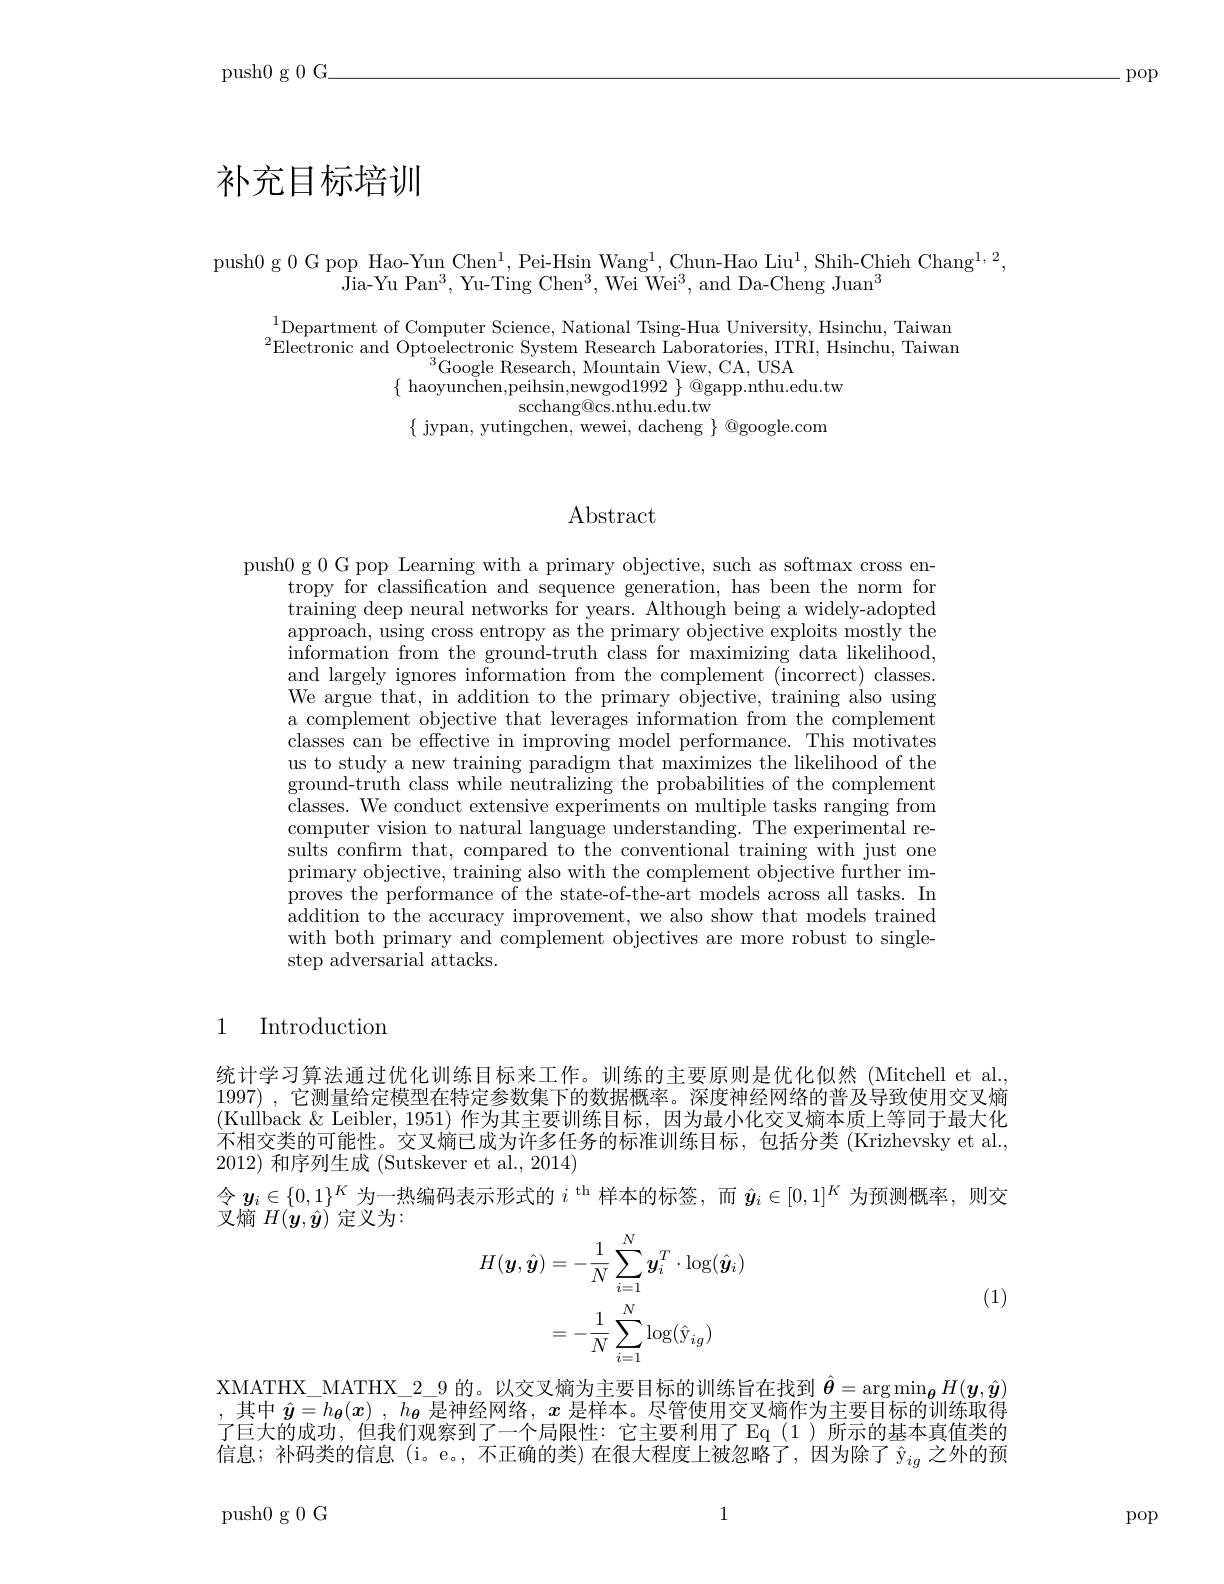
push0 g 0 G\_

pop

# 补充目标培训

push0 g 0 G pop Hao-Yun Chen^{1}, Pei-Hsin Wang^{1}, Chun-Hao Liu^{1}, Shih-Chieh Chang^{1,2},
${\mathrm{\hat{J}ia-Yu~Pan^{3},~Yu-Ting~Chen^{3},~Wei~Wei^{3},~and~Da-Cheng~Juan^{3}}}$

$^{1}$Department of Computer Science, National Tsing-Hua University, Hsinchu, Taiwan$^{1}$Department of Computer Science, National Tsing-Hua University, Hsinchu, Taiwan $^{2}$Electronic and Optoelectronic System Research Laboratories, ITRI, Hsinchu, Taiwan
$^{3}$Google Research, Mountain View, CA, USA
$\{\begin{array}{c}\text{haoyunchen,peihsin,newgod1992}\end{array}\}\begin{array}{c}\text{@gapp.nthu.edu.tw}\\\end{array}$
scchang@cs.nthu.edu.tw
$\{$ jypan, yutingchen, wewei, dacheng $\}$ @google.com

# Abstract

push0 g 0 G pop Learning with a primary objective, such as softmax cross en-
tropy for classification and sequence generation, has been the norm for training deep neural networks for years. Although being a widely-adopted approach, using cross entropy as the primary objective exploits mostly the information from the ground-truth class for maximizing data likelihood, and largely ignores information from the complement (incorrect) classes. We argue that, in addition to the primary objective, training also using a complement objective that leverages information from the complement classes can be effective in improving model performance. This motivates us to study a new training paradigm that maximizes the likelihood of the ground-truth class while neutralizing the probabilities of the complement classes. We conduct extensive experiments on multiple tasks ranging from computer vision to natural language understanding. The experimental results confrm that, compared to the conventional training with just one primary objective, training also with the complement objective further improves the performance of the state-of-the-art models across all tasks. In addition to the accuracy improvement, we also show that models trained with both primary and complement objectives are more robust to singlestep adversarial attacks.

## 1 Introduction

统计学习算法通过优化训练目标来工作。训练的主要原则是优化似然(Mitchell et al. 1997) ,它测量给定模型在特定参数集下的数据概率。深度神经网络的普及导致使用交叉熵(Kullback $\&$ Leibler, 1951) 作为其主要训练目标，因为最小化交叉熵本质上等同于最大化不相交类的可能性。交叉熵已成为许多任务的标准训练目标，包括分类(Krizhevsky et al., 2012)和序列生成 (Sutskever et al., 2014)
令$y_i\in\{0,1\}^K$为一热编码表示形式的$i^\mathrm{~th~}$样本的标签，而$\hat{\boldsymbol{y}}_i\in[0,1]^K$为预测概率，则交
${\text{叉熵 }H(\boldsymbol{y},\hat{\boldsymbol{y}})}$ 定义为：
$$\begin{aligned}H(\boldsymbol{y},\hat{\boldsymbol{y}})&=-\frac{1}{N}\sum_{i=1}^{N}\boldsymbol{y}_{i}^{T}\cdot\log(\hat{\boldsymbol{y}}_{i})\\&=-\frac{1}{N}\sum_{i=1}^{N}\log(\hat{\mathbf{y}}_{ig})\end{aligned}$$
(1)

$\operatorname*{\text{XMATHX\_MATHX\_2\_9 的。以交叉熵为主要目标的训练旨在找到 }\hat{\boldsymbol{\theta}}=\arg\min_{{\boldsymbol{\theta}}}H(\boldsymbol{y},\hat{\boldsymbol{y}})}$ ,其中$\hat{\boldsymbol{y}}=h_{\boldsymbol{\theta}}(\boldsymbol{x}),h_{\boldsymbol{\theta}}$是神经网络，$x$是样本。尽管使用交叉熵作为主要目标的训练取得了巨大的成功，但我们观察到了一个局限性：它主要利用了 Eq (1)所示的基本真值类的信息；补码类的信息(i。e。,不正确的类)在很大程度上被忽略了，因为除了$\hat{\mathrm{y}}_{ig}$之外的预

1

push0g0G

pop